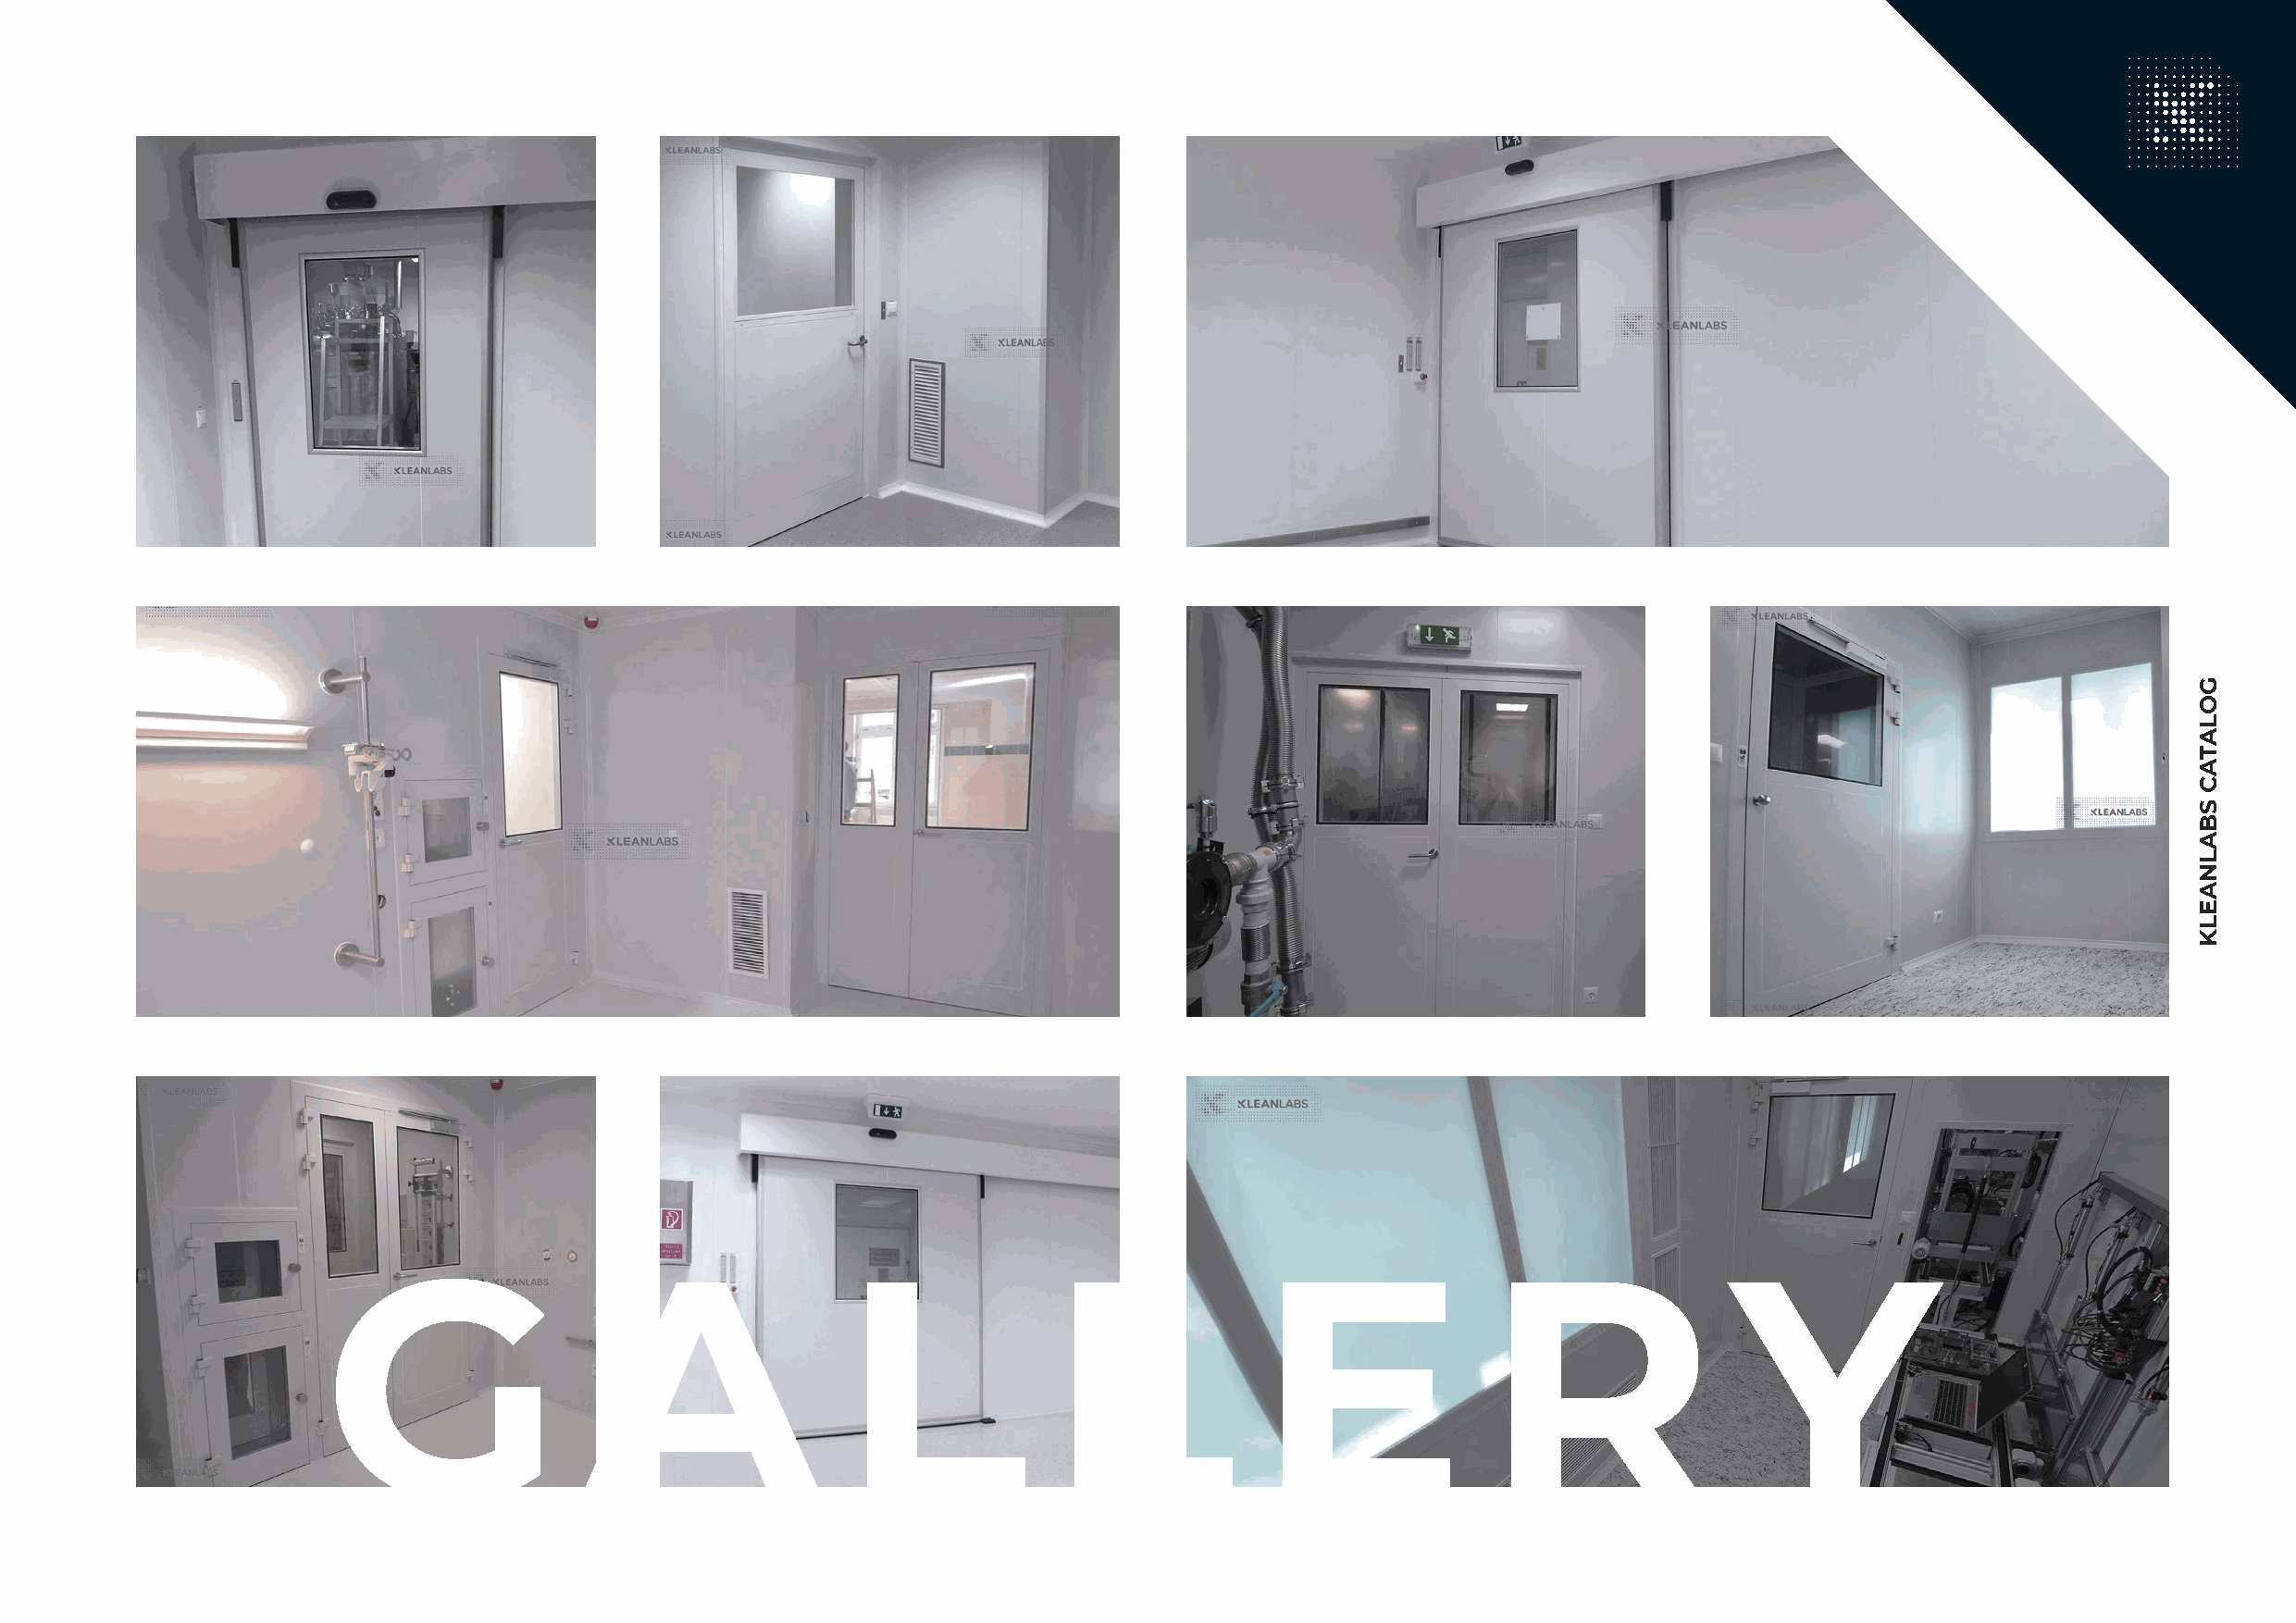
G                  A                 L              L              E               R                 Y
 GOLATAC
 SBALNAELK